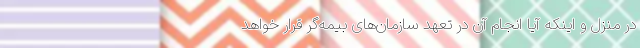
در منزل و اینکه آیا انجام آن در تعهد سازمان‌های بیمه‌گر قرار خواهد